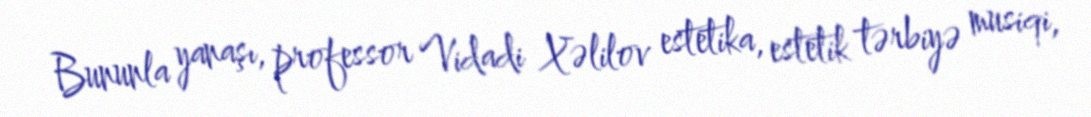
Bununla yanaşı, professor Vidadi Xəlilov estetika, estetik tərbiyə musiqi,